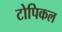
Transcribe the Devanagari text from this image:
टोपिकल